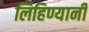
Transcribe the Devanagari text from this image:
लिहिण्यानी